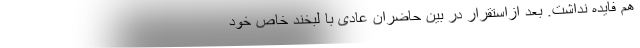
هم فایده نداشت. بعد ازاستقرار در بین حاضران عادی با لبخند خاص خود